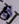
لا